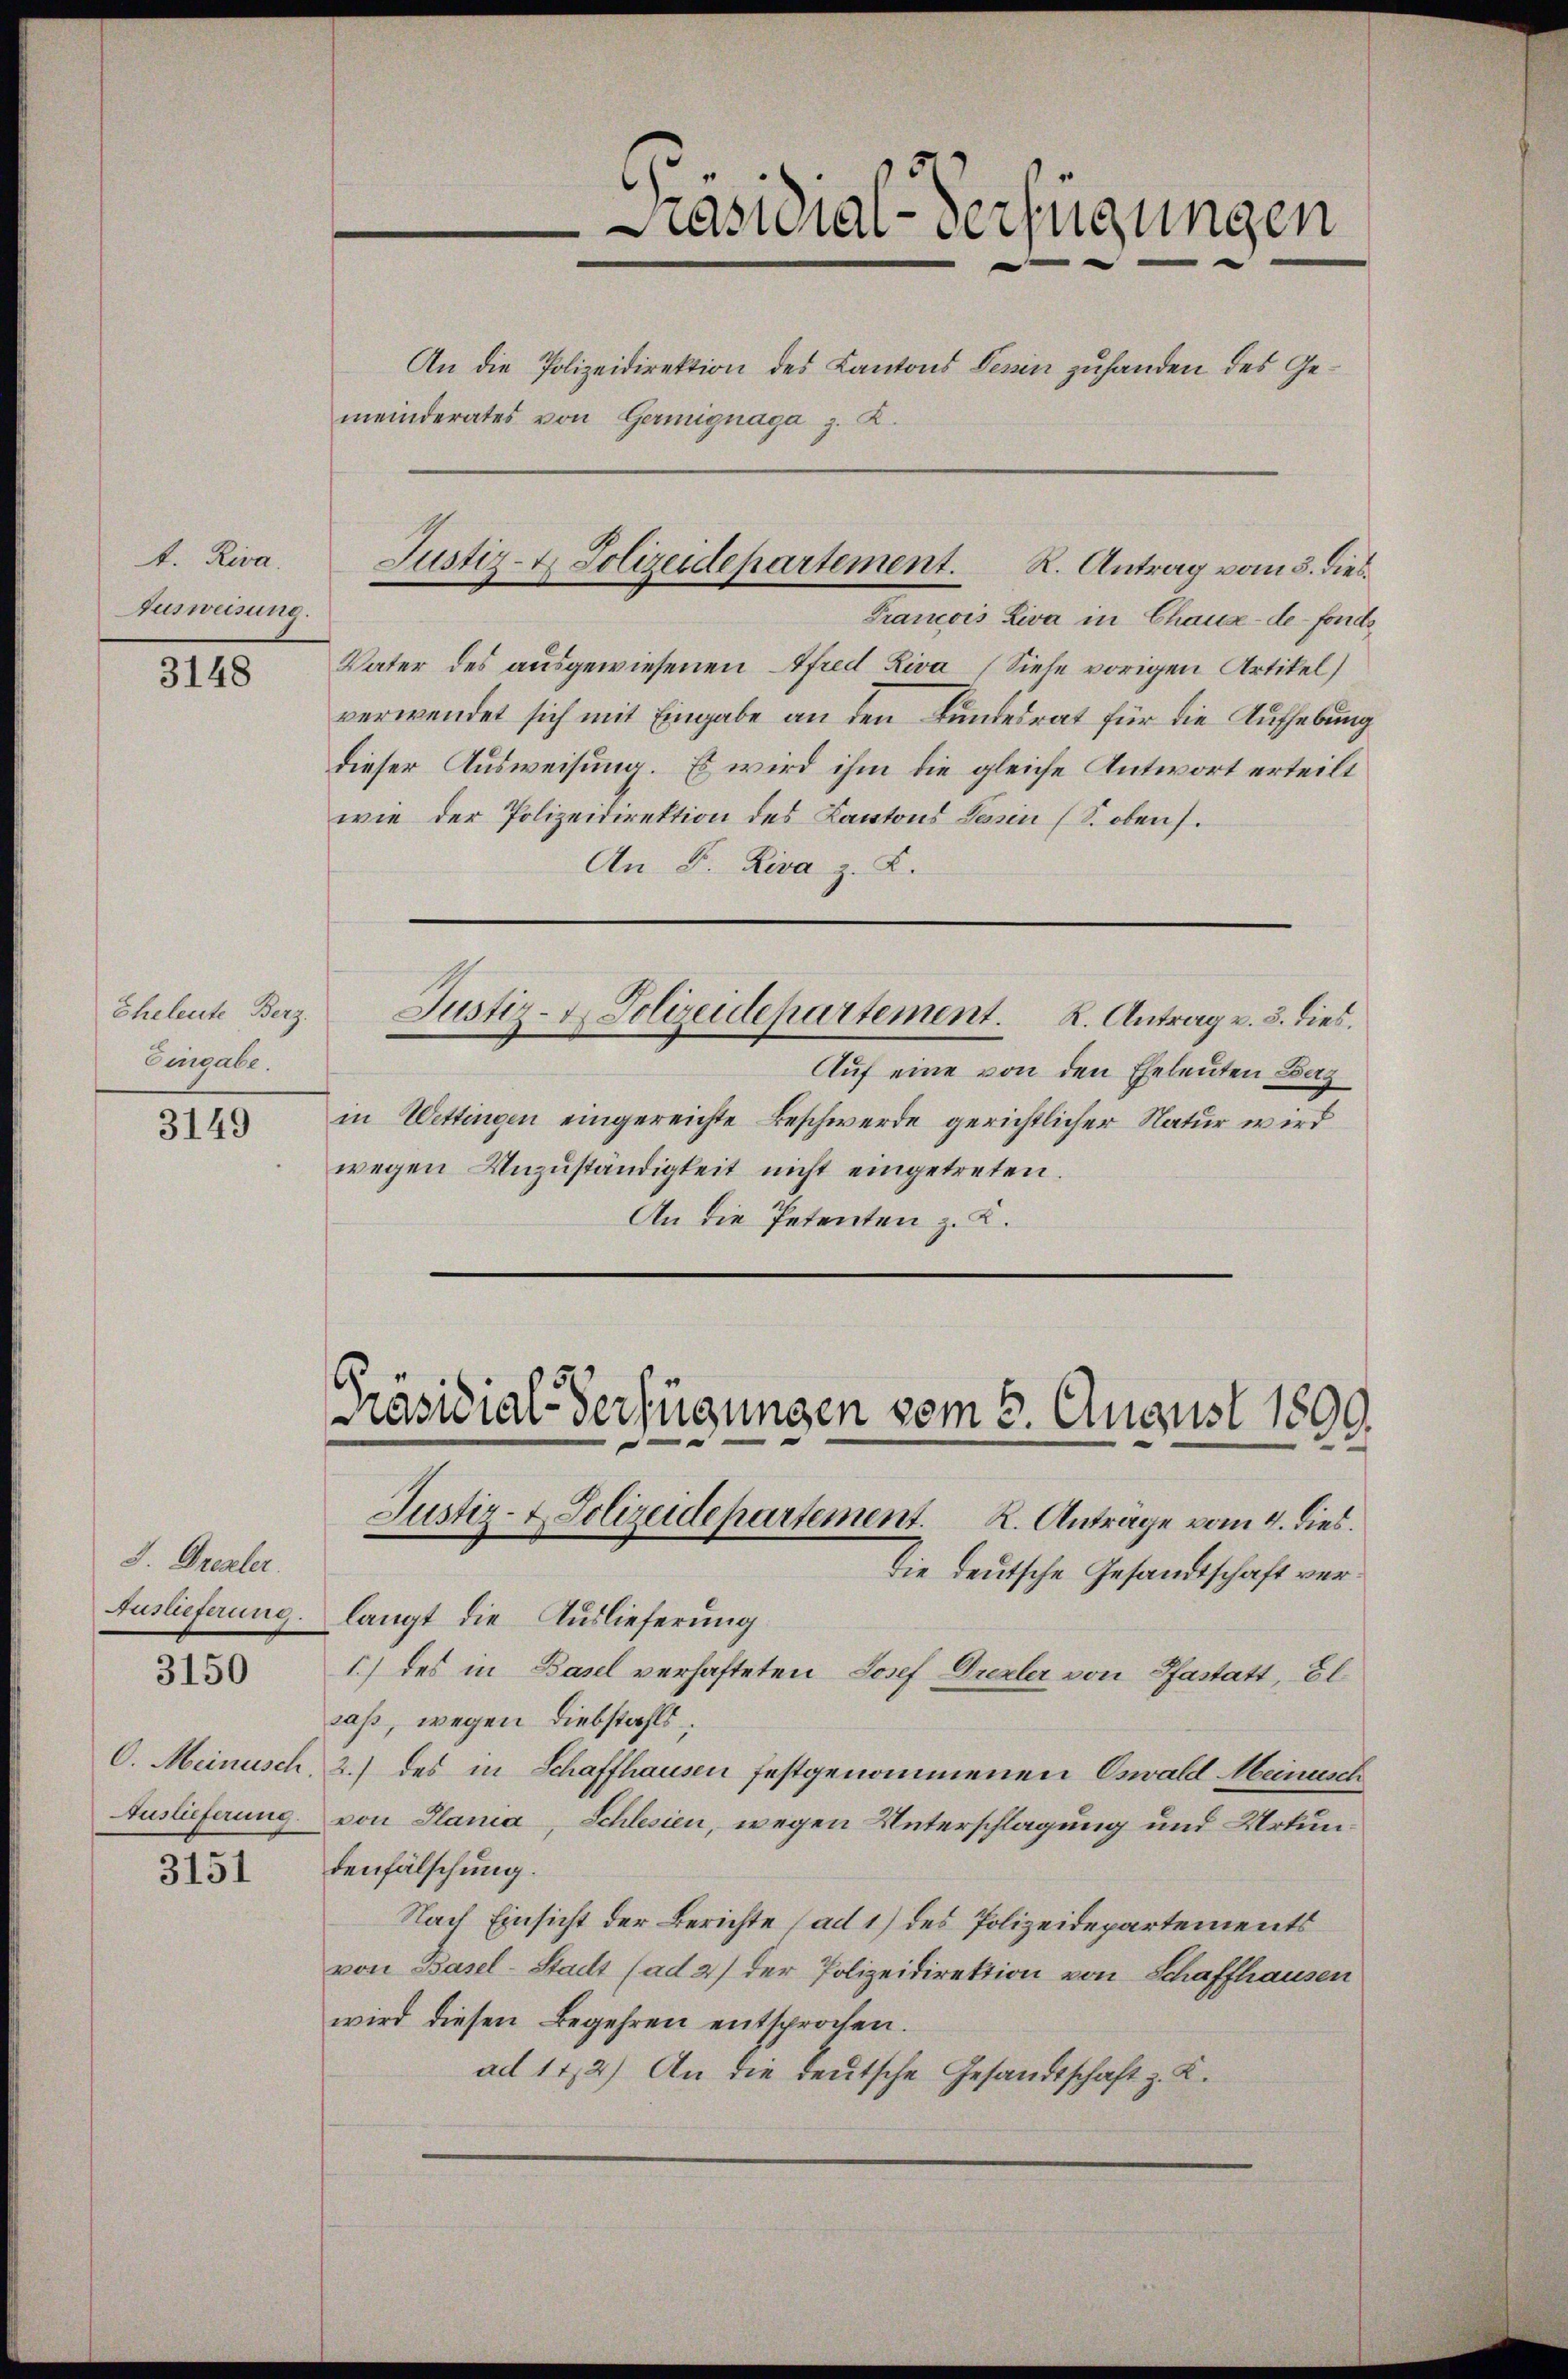
t. Riva
Ausweisung.

3148

Eheleute Berz.
Eingabe.

3149

J. Drezler.
Auslieferung.
O. Meinusch.
Auslieferung.

3150

3151

Präsidial-Verfügungen
An die Polizeidirektion des Kantons Tessin zuhanden des Gemeinderates von Germignaga z. B.

Justiz- & Polizeidepartement. R. Antrag vom 3. dies¬

Präsidial-Verfügungen vom 3. August 1890.
Justiz- & Polizeidepartement. K. Anträge vom 4. dies.
Die deutsche Gesandtschaft ver¬

Francois Liva in Chaux-de-Fonds
Vater des ausgewiesenen Afred Liva (Siehe vorigen Artikel)
verwendet sich mit Eingabe an den Bundesrat für die Aufhebung
dieser Ausweisung. Es wird ihm die gleiche Antwort erteilt
wie der Polizeidirektion des Kantons Lesen (S. obens.
An S. Riva z. K.
Justiz- u. Polizeidepartement. K. Antrag v. 3. dies.
Auf eine von den Eheleuten Bag
in Wettingen eingereichte Beschwerde gerichtlicher Natur wird
wegen Unzuständigkeit nicht eingetreten.
An die Petenten z. K.

langt die Auslieferung
1) des in Basel verhafteten Josef Drexler von Pfastatt, El
saß, wegen Diebstahls,
2.) des in Schaffhausen festgenommenen Oswald Meinusch
von Plania, Schlesien, wegen Unterschlagung und Urkundenfälschung.
Nach Einsicht der Berichte (ad 1) des Polizeidepartements
von Basel-Stadt (ad 2) der Polizeidirektion von Schaffhausen
wird diesen Begehren entsprochen.
ad 112) An die deutsche Gesandtschaft z. K.